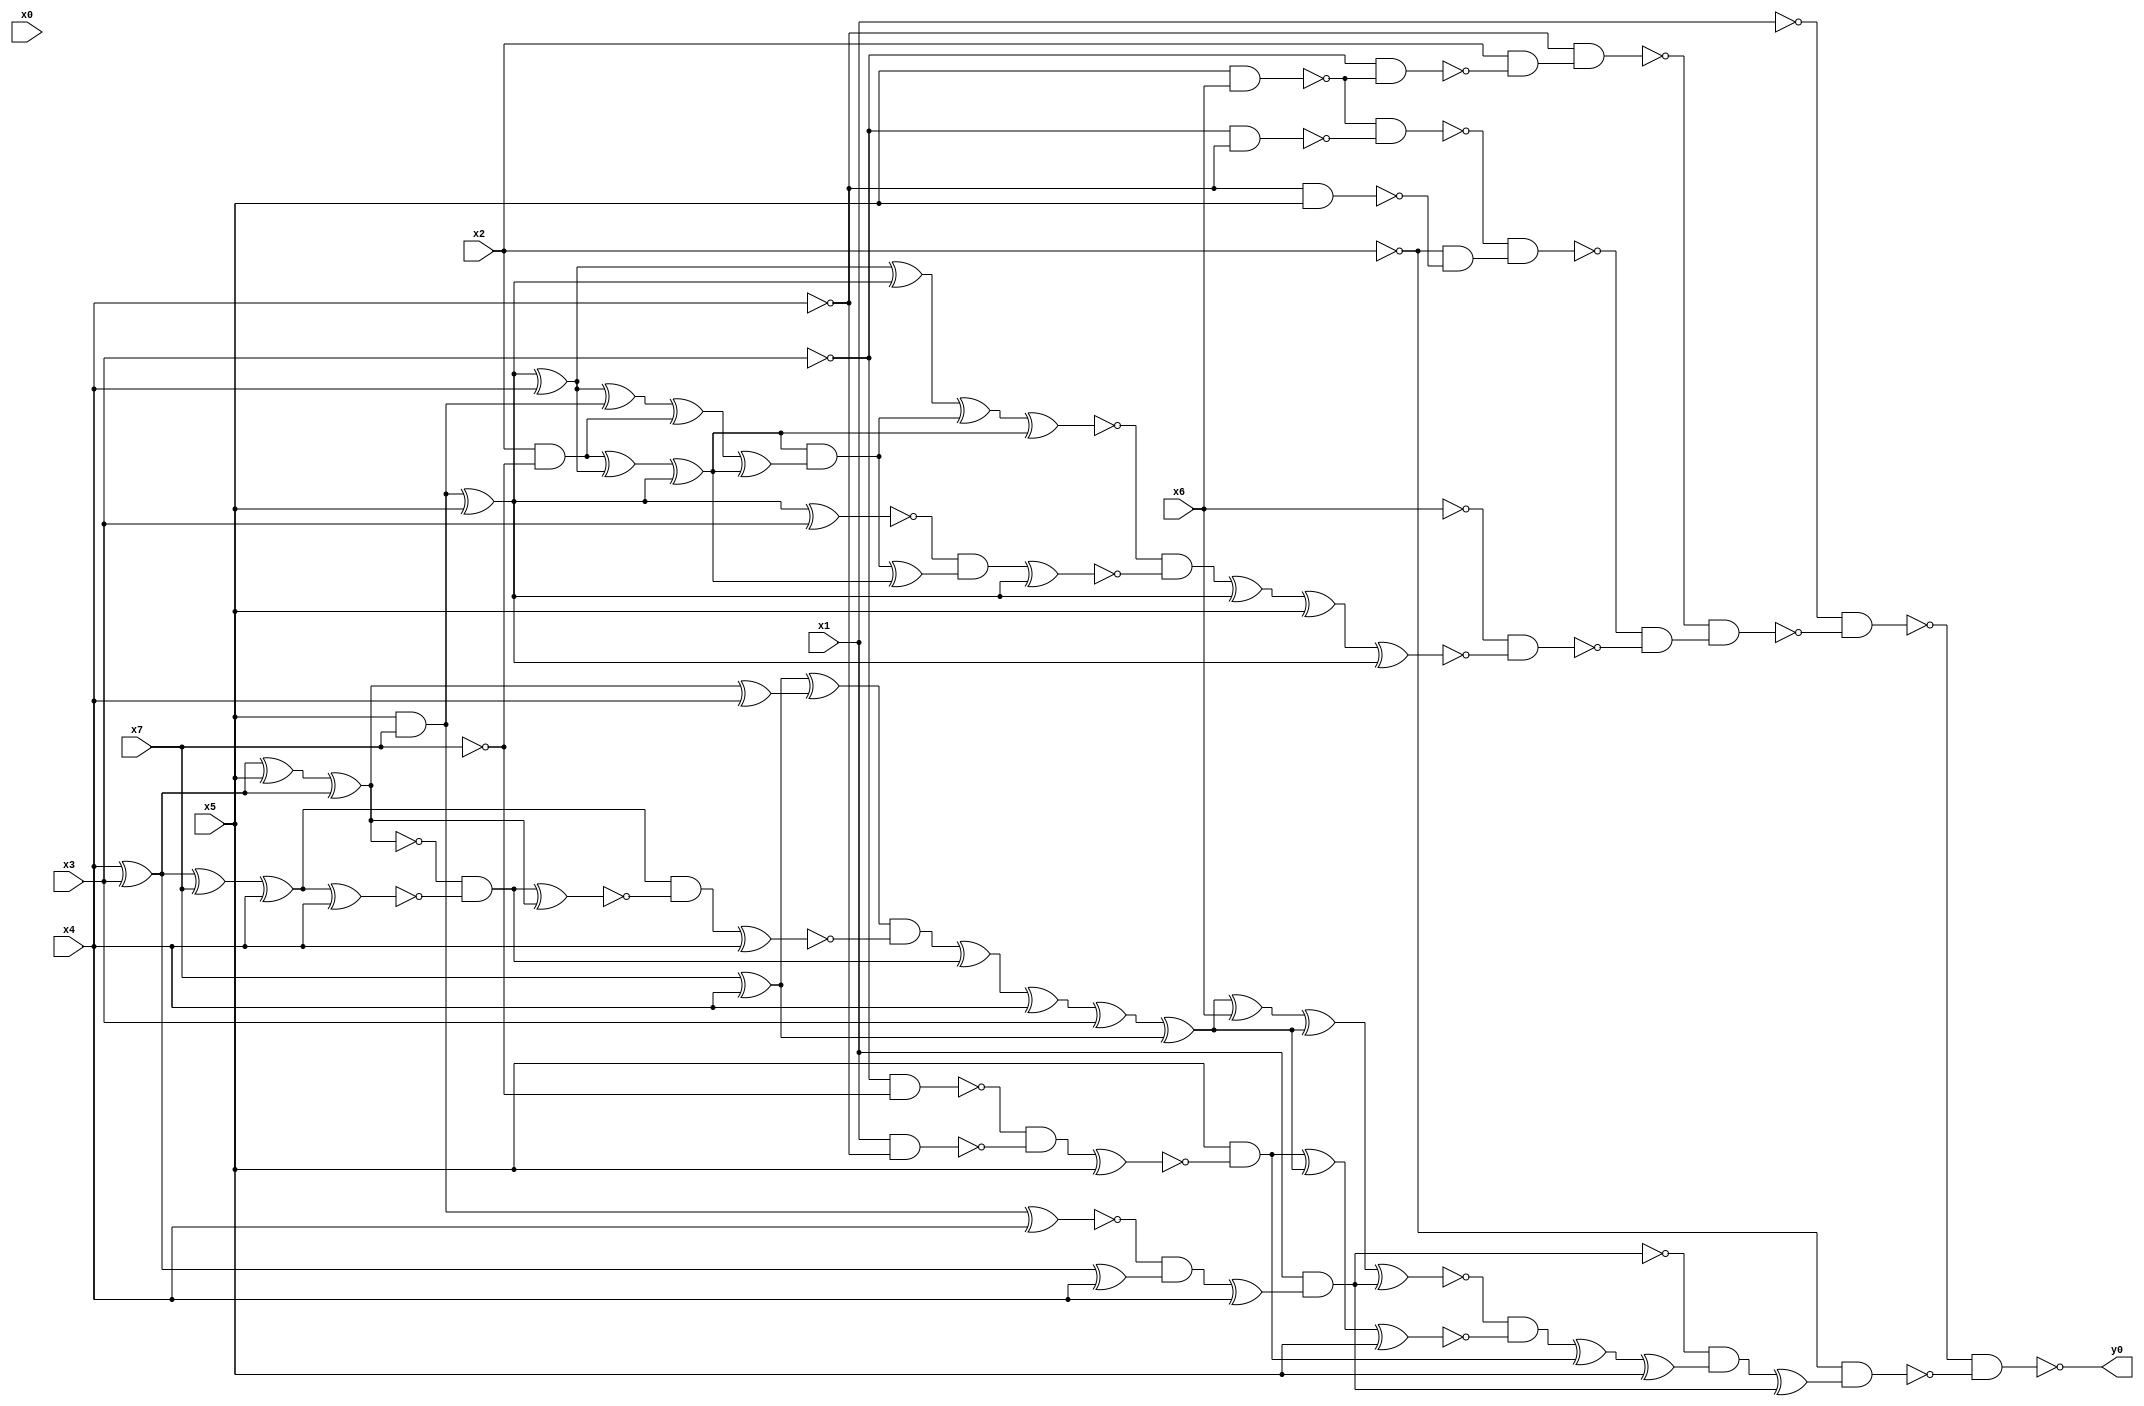
module top( x0 , x1 , x2 , x3 , x4 , x5 , x6 , x7 , y0 );
  input x0 , x1 , x2 , x3 , x4 , x5 , x6 , x7 ;
  output y0 ;
  wire n9 , n10 , n11 , n12 , n13 , n14 , n15 , n16 , n17 , n18 , n19 , n20 , n21 , n22 , n23 , n24 , n25 , n26 , n27 , n28 , n29 , n30 , n31 , n32 , n33 , n34 , n35 , n36 , n37 , n38 , n39 , n40 , n41 , n42 , n43 , n44 , n45 , n46 , n47 , n48 , n49 , n50 , n51 , n52 , n53 , n54 , n55 , n56 , n57 , n58 , n59 , n60 , n61 , n62 , n63 , n64 , n65 , n66 , n67 , n68 , n69 , n70 , n71 , n72 , n73 , n74 , n75 , n76 , n77 , n78 , n79 , n80 , n81 , n82 ;
  assign n9 = x5 & x6 ;
  assign n10 = ~x3 & ~n9 ;
  assign n11 = x2 & ~n10 ;
  assign n12 = ~x4 & n11 ;
  assign n13 = ~x3 & ~x4 ;
  assign n14 = ~n9 & ~n13 ;
  assign n15 = ~x4 & x5 ;
  assign n16 = ~x2 & ~n15 ;
  assign n17 = ~n14 & n16 ;
  assign n18 = x5 & x7 ;
  assign n19 = n18 ^ x5 ;
  assign n20 = n19 ^ x4 ;
  assign n28 = n20 ^ n19 ;
  assign n21 = x2 & ~x7 ;
  assign n22 = n21 ^ n20 ;
  assign n23 = n22 ^ n19 ;
  assign n24 = n20 ^ n18 ;
  assign n25 = n24 ^ n21 ;
  assign n26 = n25 ^ n23 ;
  assign n27 = n23 & n26 ;
  assign n29 = n28 ^ n27 ;
  assign n30 = n29 ^ n23 ;
  assign n31 = n19 ^ x3 ;
  assign n32 = n27 ^ n23 ;
  assign n33 = ~n31 & n32 ;
  assign n34 = n33 ^ n19 ;
  assign n35 = ~n30 & ~n34 ;
  assign n36 = n35 ^ n19 ;
  assign n37 = n36 ^ x5 ;
  assign n38 = n37 ^ n19 ;
  assign n39 = ~x6 & ~n38 ;
  assign n40 = ~n17 & ~n39 ;
  assign n41 = ~n12 & n40 ;
  assign n42 = ~x1 & ~n41 ;
  assign n43 = n18 ^ x4 ;
  assign n44 = x4 ^ x3 ;
  assign n45 = n44 ^ x4 ;
  assign n46 = ~n43 & n45 ;
  assign n47 = n46 ^ x4 ;
  assign n48 = x1 & n47 ;
  assign n52 = x7 ^ x4 ;
  assign n49 = n44 ^ x5 ;
  assign n50 = n49 ^ n44 ;
  assign n51 = n50 ^ x4 ;
  assign n53 = n52 ^ n51 ;
  assign n54 = n44 ^ x7 ;
  assign n55 = n54 ^ x4 ;
  assign n56 = n55 ^ x4 ;
  assign n57 = ~n50 & ~n56 ;
  assign n58 = n57 ^ n50 ;
  assign n59 = n55 & ~n58 ;
  assign n60 = n59 ^ x4 ;
  assign n61 = n53 & ~n60 ;
  assign n62 = n61 ^ n57 ;
  assign n63 = n62 ^ x4 ;
  assign n64 = n63 ^ x3 ;
  assign n65 = n64 ^ n52 ;
  assign n66 = n65 ^ x6 ;
  assign n67 = n66 ^ n65 ;
  assign n68 = n67 ^ n48 ;
  assign n69 = ~x3 & ~x7 ;
  assign n70 = x1 & ~x4 ;
  assign n71 = ~n69 & ~n70 ;
  assign n72 = n71 ^ x5 ;
  assign n73 = x5 & ~n72 ;
  assign n74 = n73 ^ n65 ;
  assign n75 = n74 ^ x5 ;
  assign n76 = ~n68 & ~n75 ;
  assign n77 = n76 ^ n73 ;
  assign n78 = n77 ^ x5 ;
  assign n79 = ~n48 & n78 ;
  assign n80 = n79 ^ n48 ;
  assign n81 = ~x2 & n80 ;
  assign n82 = ~n42 & ~n81 ;
  assign y0 = ~n82 ;
endmodule